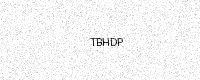
Text: TBHDP